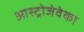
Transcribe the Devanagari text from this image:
आस्ट्रोजेवेका